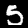
Label: 5